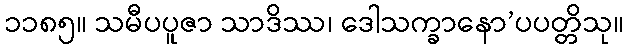
၁၁၈၅။ သမီပပူဇာ သာဒိဿ၊ ဒေါသက္ခာနော’ပပတ္တိသု။